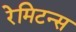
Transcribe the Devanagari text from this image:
रेमिटन्स